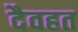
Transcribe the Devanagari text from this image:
दैवहत